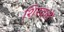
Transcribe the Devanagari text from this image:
शिरवले